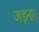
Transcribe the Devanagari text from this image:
जड़ना।